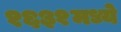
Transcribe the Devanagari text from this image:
१६३१मध्ये